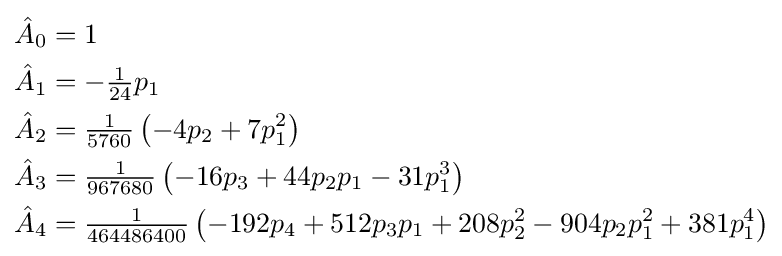
{\begin{aligned}{\hat {A}}_{0}&=1\\{\hat {A}}_{1}&=-{\tfrac {1}{24}}p_{1}\\{\hat {A}}_{2}&={\tfrac {1}{5760}}\left(-4p_{2}+7p_{1}^{2}\right)\\{\hat {A}}_{3}&={\tfrac {1}{967680}}\left(-16p_{3}+44p_{2}p_{1}-31p_{1}^{3}\right)\\{\hat {A}}_{4}&={\tfrac {1}{464486400}}\left(-192p_{4}+512p_{3}p_{1}+208p_{2}^{2}-904p_{2}p_{1}^{2}+381p_{1}^{4}\right)\end{aligned}}